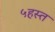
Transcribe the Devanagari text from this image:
५हस्त